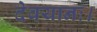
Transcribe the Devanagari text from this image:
देवयानः।